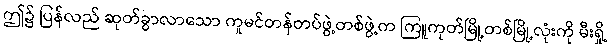
ဤ၌ ပြန်လည် ဆုတ်ခွာလာသော ကူမင်တန်တပ်ဖွဲ့တစ်ဖွဲ့က ကြူကုတ်မြို့တစ်မြို့လုံးကို မီးရှို့